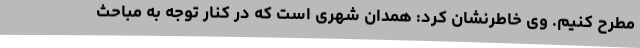
مطرح کنیم. وی خاطرنشان کرد: همدان شهری است که در کنار توجه به مباحث